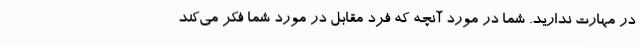
در مهارت ندارید. شما در مورد آنچه که فرد مقابل در مورد شما فکر می‌کند